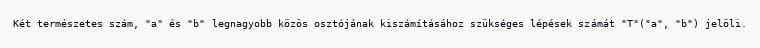
Két természetes szám, "a" és "b" legnagyobb közös osztójának kiszámításához szükséges lépések számát "T"("a", "b") jelöli.